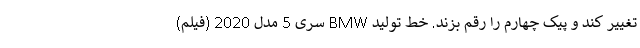
تغییر کند و پیک چهارم را رقم بزند. خط تولید BMW سری 5 مدل 2020 (فیلم)